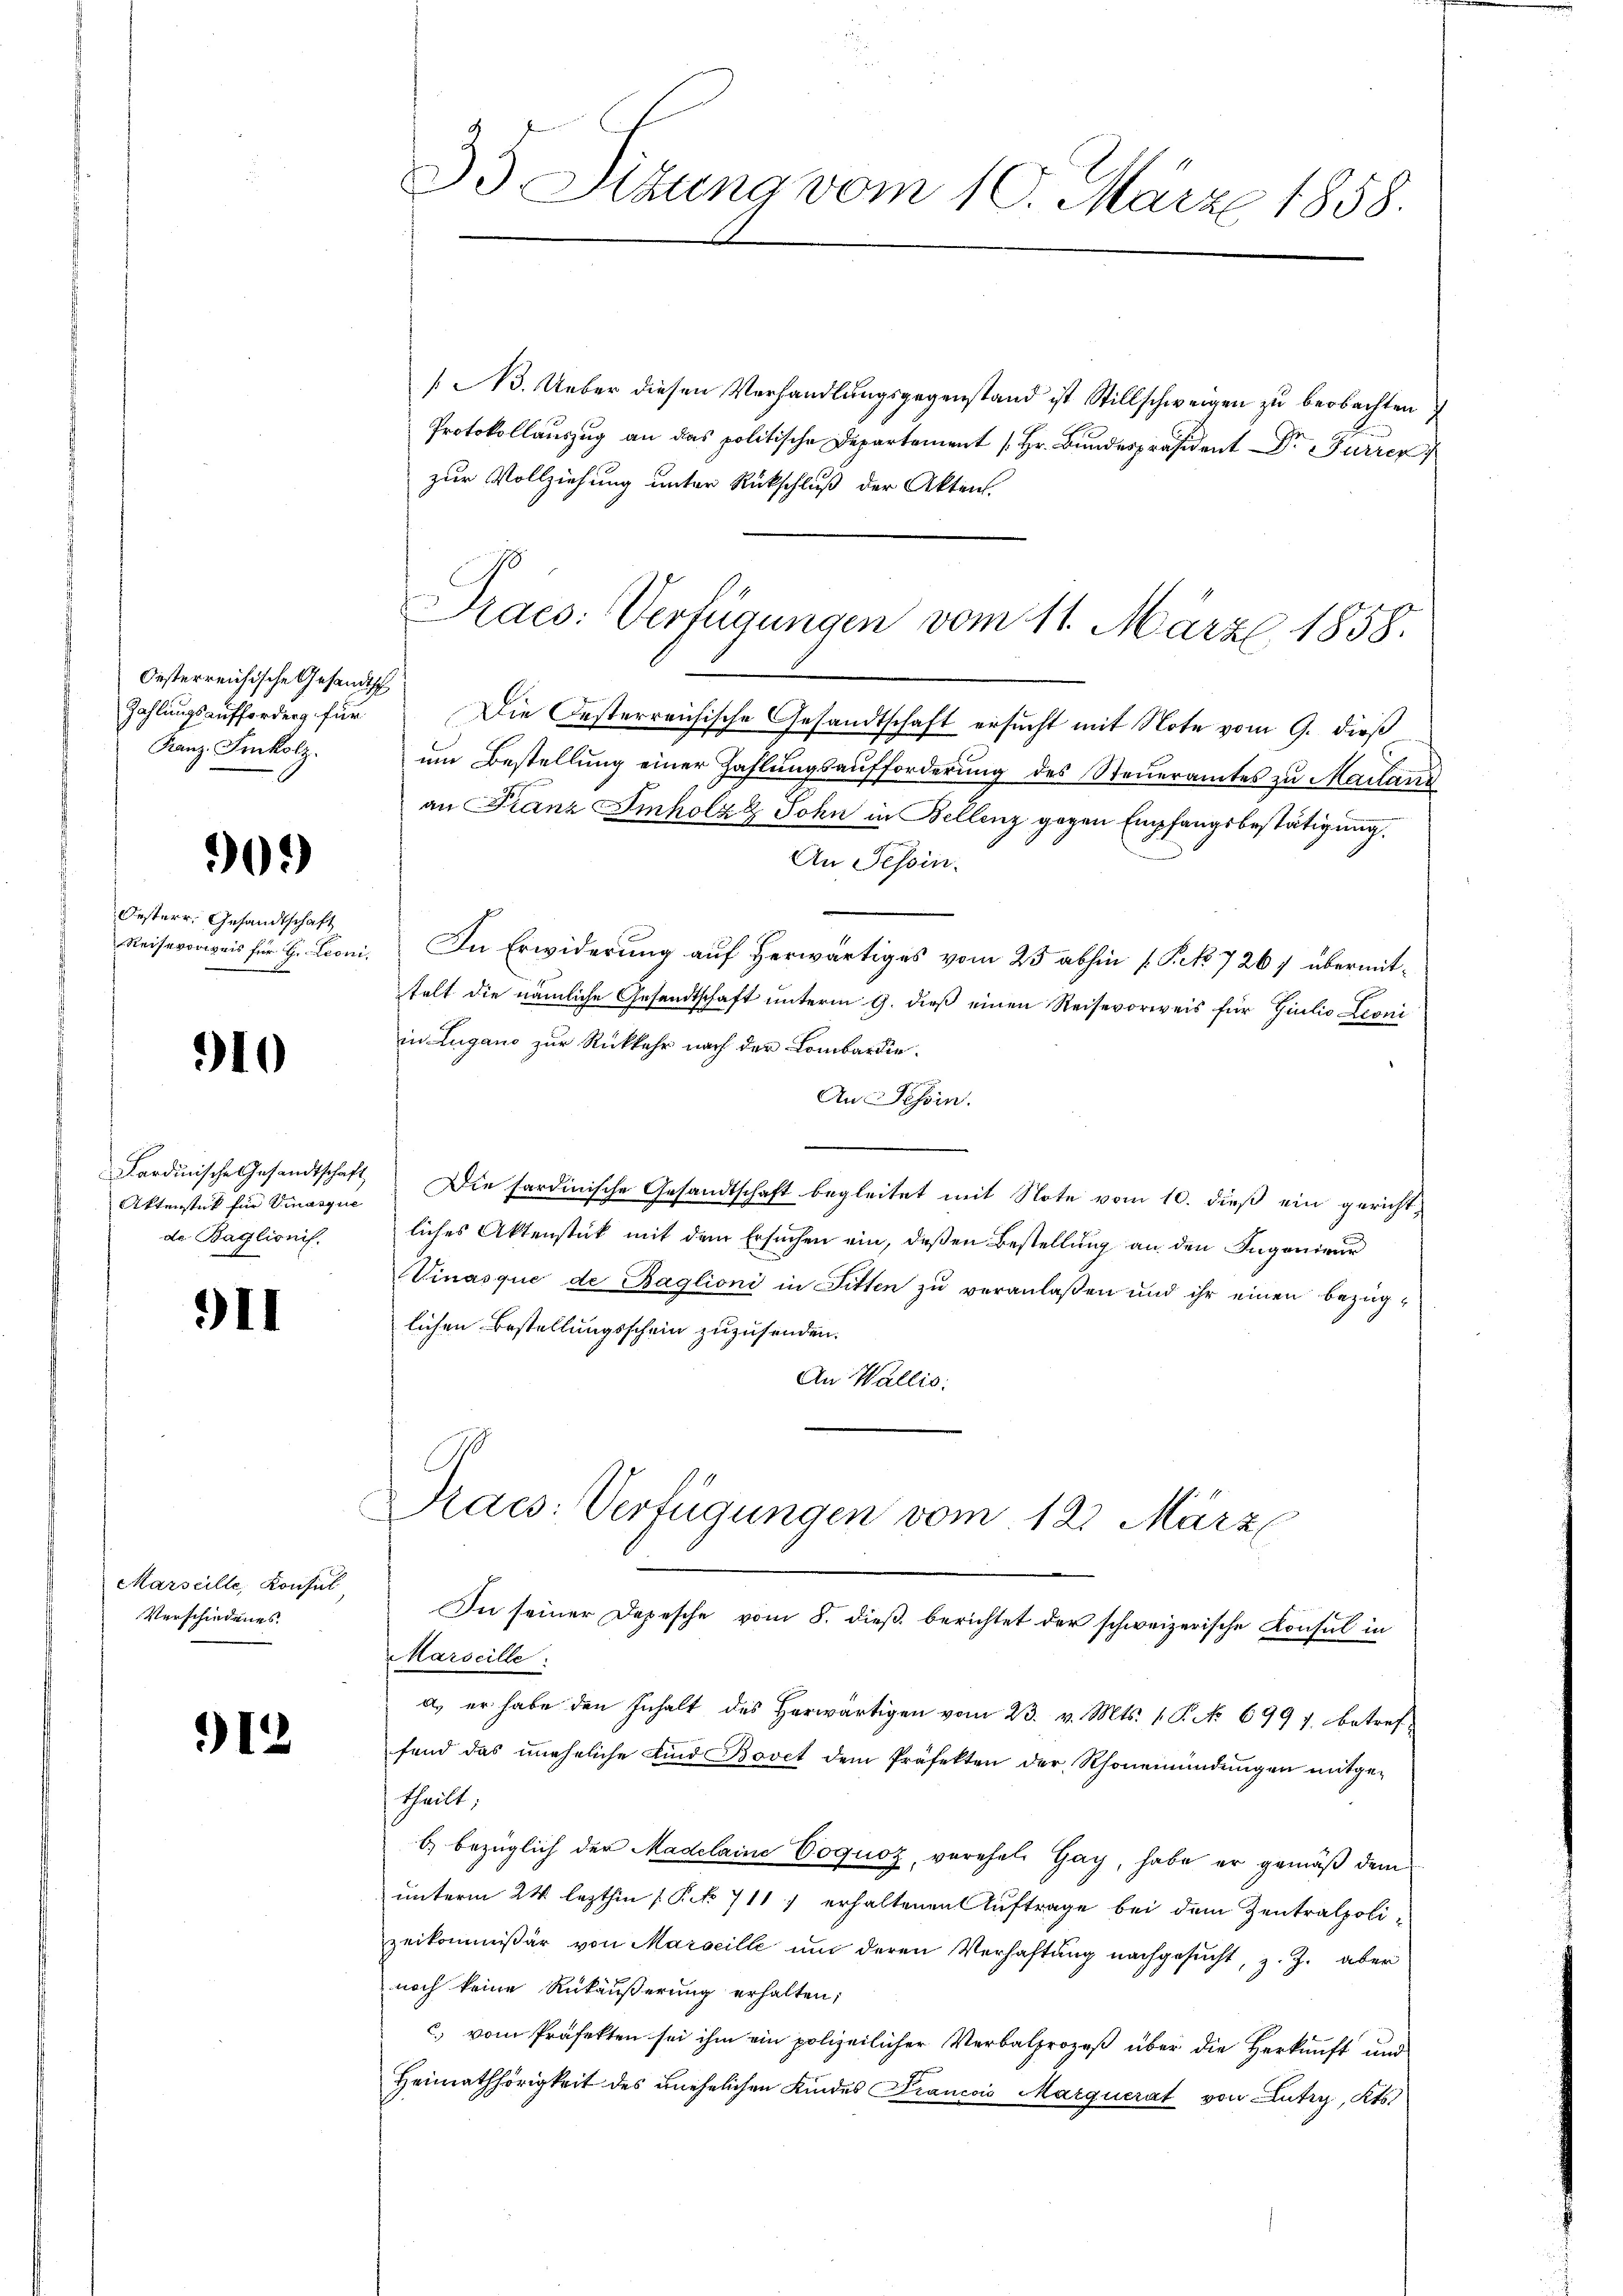
Oesterreichische Gesandtsch
Zahlungsaufforderg für
Kanz. Inkolz.

902)

Oesterr. Gesandtschaft
Reiseverweis für H. Leoni

910

Fardinische Gesandtschaft
Aktenstück für Vinasquie
de Baglionis.

911

Marseille, Konsul
Verschiedenes.

912

/ B. Ueber diesen Verhandlungsgegenstand ist Stillschweigen zu beobachten
Protokollauszug an das politische Departement [Hr. Bundespräsident Dr Furren
zur Vollziehung unter Rückschluß der Akten.

e

35 Sizung vom 10. März 1858.

Praes. Verfügungen vom 11. März 1858.

Die Oesterreichische Gesandtschaft ersucht mit Note vom 9. dieß
um Bestellung einer Zahlungsaufforderung des Steueramtes zu Mailand
an Franz Imholz & John in Bellenz gegen Empfangsbestätigung.
An Tessin.
In Erwiderung auf herwärtiges vom 25 abhin (Prk. 7267 übermittelt die nämliche Gesandtschaft unterm 9. dieß einen Reisevorweis für Giulio Leoni
in Lugano zur Rückkehr nach der Lombardie
An Tessin.
Die sardinische Gesandtschaft begleitet mit Note vom 10. dieß ein gerichtliches Aktenstück mit dem Ersuchen ein, deßen Bestellung an den Ingenieur
Vinasque de Baglioni in Fitten zu veranlaßen und ihr einen bezüglichen Bestellungsschein zuzusenden.
An Wallis:
E
Racs: Verfügungen vom 12. März
In seiner Depesche vom 8. dieβ berichtet der schweizerische Konsul in
Marseille:
a er habe den Inhalt des herwärtigen vom 23. v. Mts. 1 P. No 699 f. betreffend das uneheliche Kind Bovet dem Präfekten der Rhonemündŭngen mitge-
theilt;
b) bezüglich der Madelaine Coquoz, verehel Gay, habe er gemäß dem
unterm 24 lezthin (Pct. 7117 erhaltenen Auftrage bei dem Zentralpolizeikommißär von Marseille um deren Verhaftung nachgesucht, z. Z. aber
noch keine Rükäußerung erhalten;
c.) vom Präfekten sei ihm ein polizeilicher Verbalprozeß über die Herkunft und
Heimathörigkeit des unehelichen Kindes Francois Marquerat von Lutry, Kts.